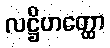
လဋ္ဌိဟတ္ထော